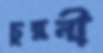
চুরনী